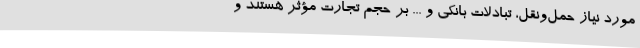
مورد نیاز حمل‌ونقل، تبادلات بانکی و ... بر حجم تجارت مؤثر هستند و